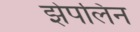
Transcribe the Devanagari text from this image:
झेपलिन